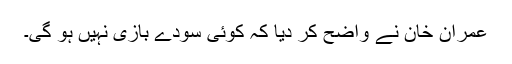
عمران خان نے واضح کر دیا کہ کوئی سودے بازی نہیں ہو گی۔